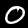
Digit: 0